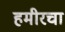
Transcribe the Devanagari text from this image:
हमीरचा